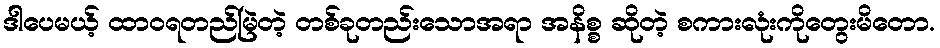
ဒါပေမယ့် ထာဝရတည်မြဲတဲ့ တစ်ခုတည်းသောအရာ အနိစ္စ ဆိုတဲ့ စကားလုံးကိုတွေးမိတော.